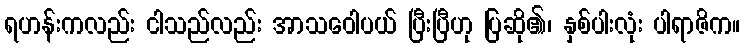
ရဟန်းကလည်း ငါသည်လည်း အာသဝေါပယ် ပြီးပြီဟု ပြဆို၏၊ နှစ်ပါးလုံး ပါရာဇိက။